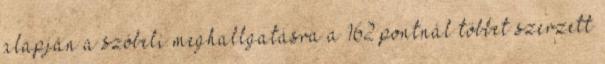
alapján a szóbeli meghallgatásra a 162 pontnál többet szerzett